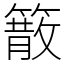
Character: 䉈